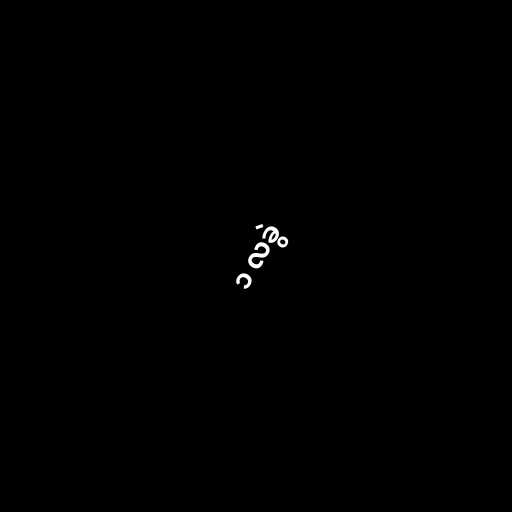
၁ လခွဲ